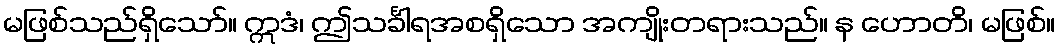
မဖြစ်သည်ရှိသော်။ ဣဒံ၊ ဤသင်္ခါရအစရှိသော အကျိုးတရားသည်။ န ဟောတိ၊ မဖြစ်။